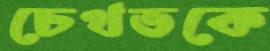
চেখভকে